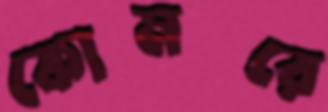
কোমরে